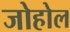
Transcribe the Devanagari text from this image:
जोहोल